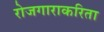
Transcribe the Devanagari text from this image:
रोजगाराकरिता